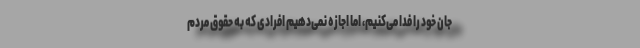
جان خود را فدا می‌کنیم، اما اجازه نمی‌دهیم افرادی که به حقوق مردم